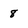
Character: 8